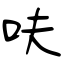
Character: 呋